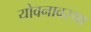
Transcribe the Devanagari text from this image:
योवनावस्था